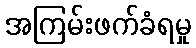
အကြမ်းဖက်ခံရမှု